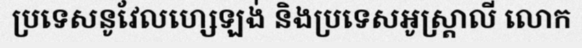
ប្រទេសនូវែលហ្សេឡង់ និងប្រទេសអូស្ត្រាលី លោក